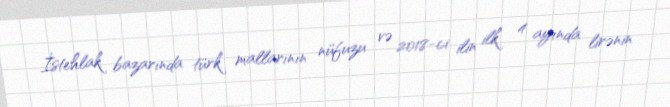
İstehlak bazarında türk mallarının nüfuzu və 2018-ci ilin ilk 4 ayında lirənin